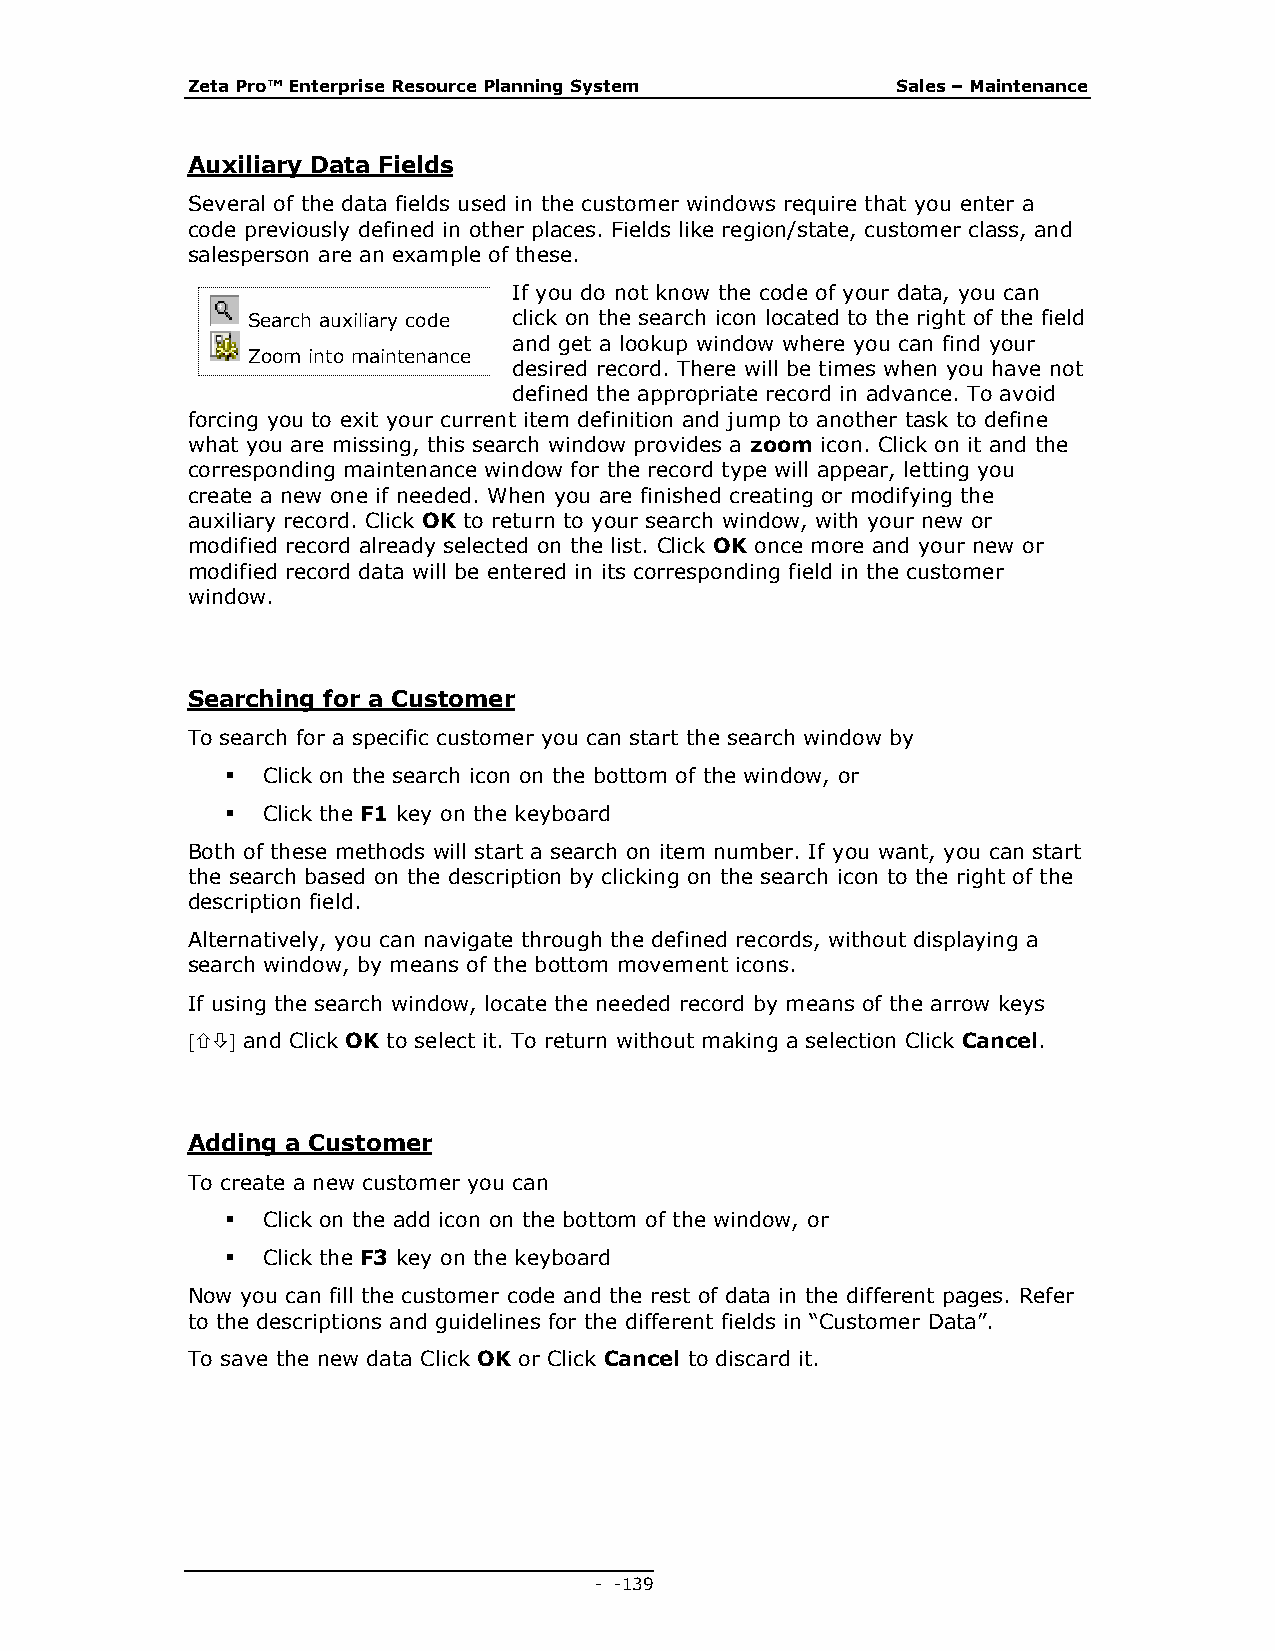
Zeta Pro™ Enterprise Resource Planning System  Sales – Maintenance
 Auxiliary Data Fields
 Several of the data fields used in the customer windows require that you enter a
 code previously defined in other places. Fields like region/state, customer class, and
 salesperson are an example of these.
 If you do not know the code of your data, you can
 Search auxiliary code click on the search icon located to the right of the field
 and get a lookup window where you can find your
 Zoom into maintenance
 desired record. There will be times when you have not
 defined the appropriate record in advance. To avoid
 forcing you to exit your current item definition and jump to another task to define
 what you are missing, this search window provides a zoom icon. Click on it and the
 corresponding maintenance window for the record type will appear, letting you
 create a new one if needed. When you are finished creating or modifying the
 auxiliary record. Click OK to return to your search window, with your new or
 modified record already selected on the list. Click OK once more and your new or
 modified record data will be entered in its corresponding field in the customer
 window.
 Searching for a Customer
 To search for a specific customer you can start the search window by
  Click on the search icon on the bottom of the window, or
  Click the F1 key on the keyboard
 Both of these methods will start a search on item number. If you want, you can start
 the search based on the description by clicking on the search icon to the right of the
 description field.
 Alternatively, you can navigate through the defined records, without displaying a
 search window, by means of the bottom movement icons.
 If using the search window, locate the needed record by means of the arrow keys
  and Click OK to select it. To return without making a selection Click Cancel.
 Adding a Customer
 To create a new customer you can
  Click on the add icon on the bottom of the window, or
  Click the F3 key on the keyboard
 Now you can fill the customer code and the rest of data in the different pages. Refer
 to the descriptions and guidelines for the different fields in “Customer Data”.
 To save the new data Click OK or Click Cancel to discard it.
 - - 139